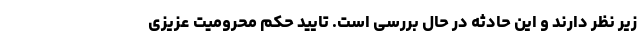
زیر نظر دارند و این حادثه در حال بررسی است. تایید حکم محرومیت عزیزی